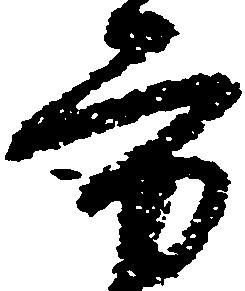
方